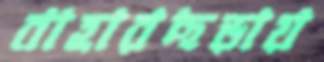
বাহারছড়ায়